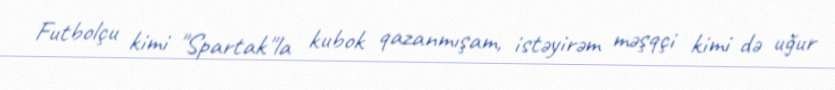
Futbolçu kimi "Spartak"la kubok qazanmışam, istəyirəm məşqçi kimi də uğur